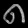
Digit: ၈